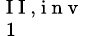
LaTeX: _{\mathrm{~1~}}^{\mathrm{~I~I~,~i~n~v~}}